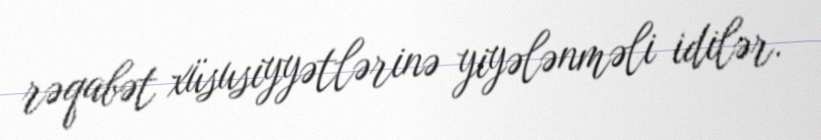
rəqabət xüsusiyyətlərinə yiyələnməli idilər.